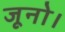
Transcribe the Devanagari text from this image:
जूनो।